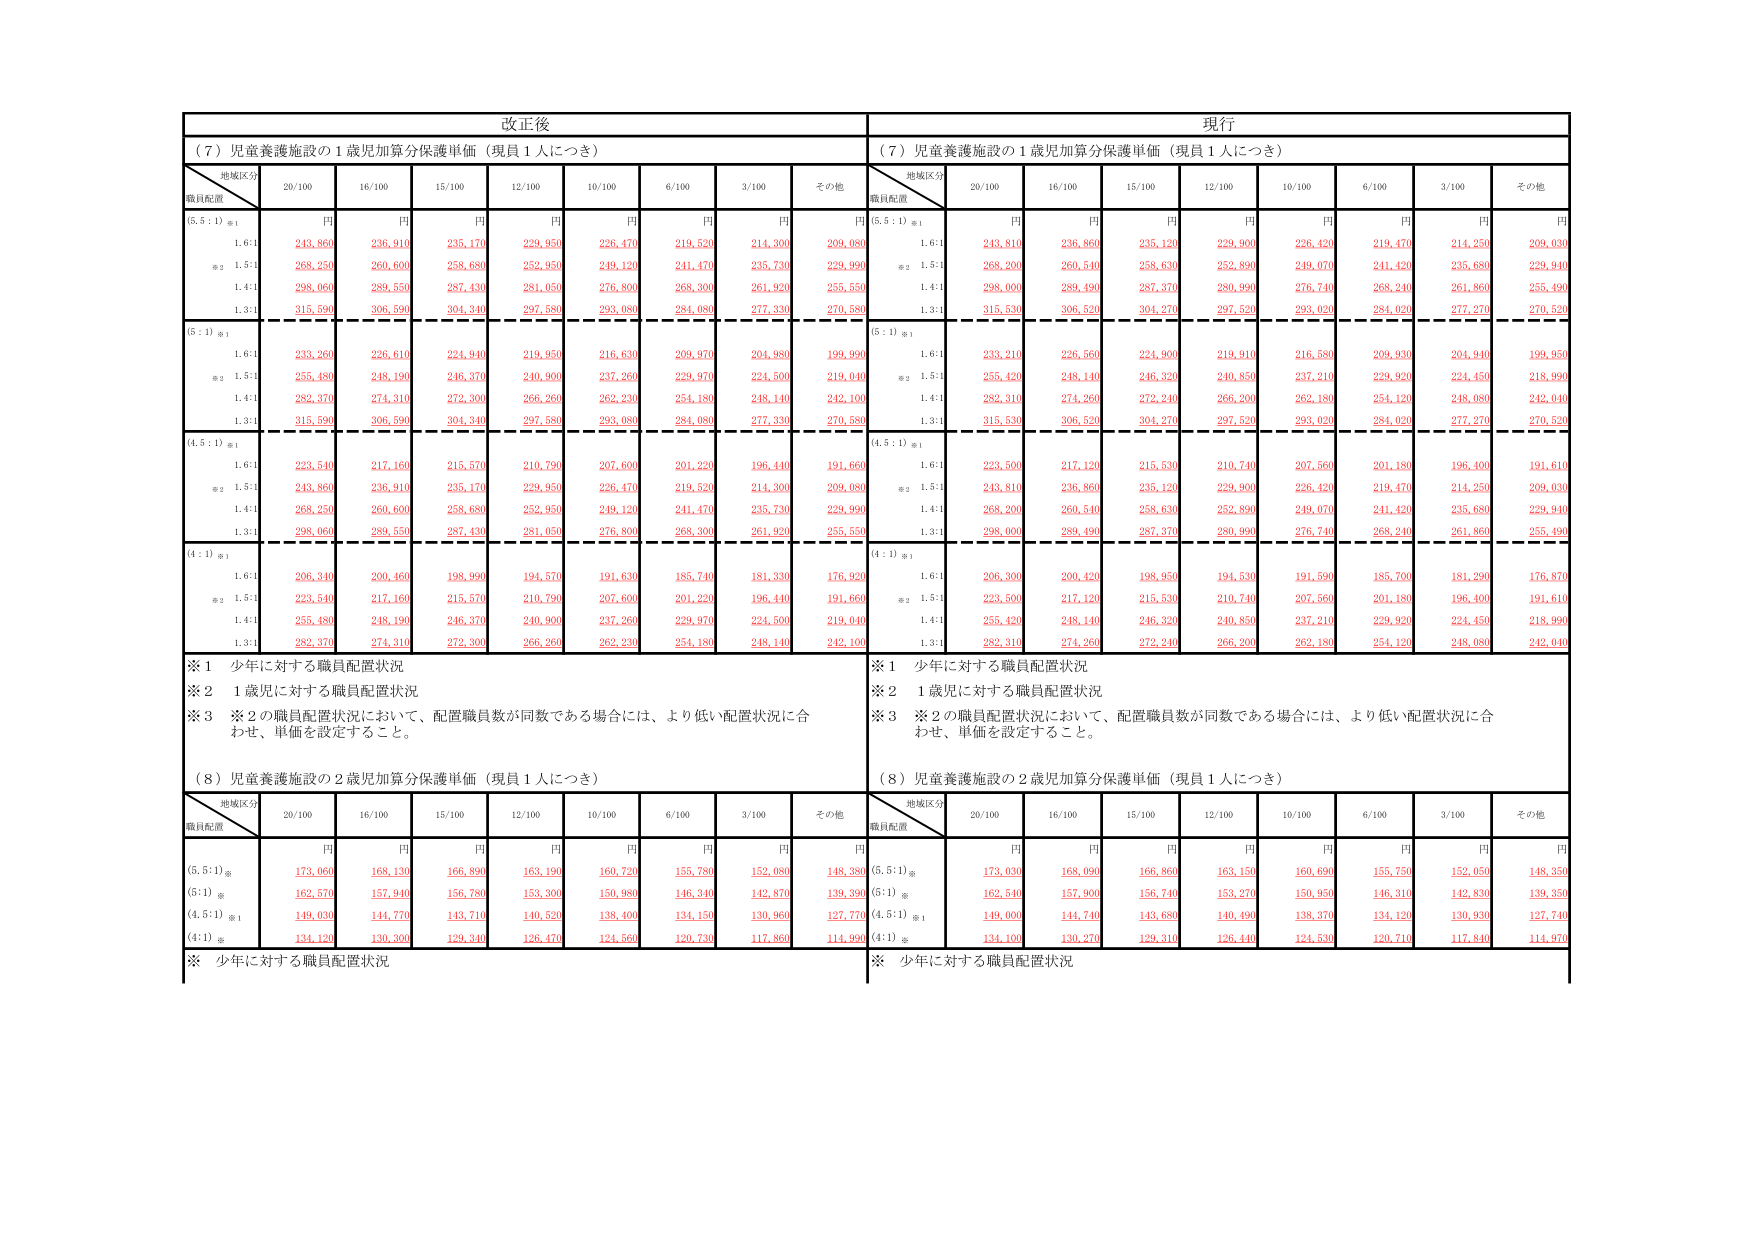
改正後
現行
（７）児童養護施設の１歳児加算分保護単価（現員１人につき）
（７）児童養護施設の１歳児加算分保護単価（現員１人につき）
地域区分
職員配置
20/100
16/100
15/100
12/100
10/100
6/100
3/100
その他
地域区分
職員配置
20/100
16/100
15/100
12/100
10/100
6/100
3/100
その他
（5.5：1）※1
円
円
円
円
円
円
円
円
（5.5：1）※1
円
円
円
円
円
円
円
円
1.6:1
243,860
236,910
235,170
229,950
226,470
219,520
214,300
209,080
1.6:1
243,810
236,860
235,120
229,900
226,420
219,470
214,250
209,030
※2 1.5:1
268,250
260,600
258,680
252,950
249,120
241,470
235,730
229,990
※2 1.5:1
268,200
260,540
258,630
252,890
249,070
241,420
235,680
229,940
1.4:1
298,060
289,550
287,430
281,050
276,800
268,300
261,920
255,550
1.4:1
298,000
289,490
287,370
280,990
276,740
268,240
261,860
255,490
1.3:1
315,590
306,590
304,340
297,580
293,080
284,080
277,330
270,580
1.3:1
315,530
306,520
304,270
297,520
293,020
284,020
277,270
270,520
（5：1）※1
（5：1）※1
1.6:1
233,260
226,610
224,940
219,950
216,530
209,970
204,980
199,990
1.6:1
233,210
226,560
224,800
219,910
216,580
209,930
204,940
199,950
※2 1.5:1
255,480
248,190
246,370
240,900
237,260
229,970
224,500
219,040
※2 1.5:1
255,420
248,140
246,320
240,850
237,210
229,920
224,450
218,990
1.4:1
282,370
274,310
272,300
266,260
262,230
254,180
248,140
242,100
1.4:1
282,310
274,260
272,240
266,200
262,180
254,120
248,080
242,040
1.3:1
315,590
306,590
304,340
297,580
293,080
284,080
277,330
270,580
1.3:1
315,530
306,520
304,270
297,520
293,020
284,020
277,270
270,520
（4.5：1）※1
（4.5：1）※1
1.6:1
223,540
217,160
215,570
210,790
207,500
201,220
196,440
191,660
1.6:1
223,500
217,120
215,530
210,740
207,560
201,180
196,400
191,610
※2 1.5:1
243,860
236,910
235,170
229,950
226,470
219,520
214,300
209,080
※2 1.5:1
243,810
236,860
235,120
229,900
226,420
219,470
214,250
209,030
1.4:1
268,250
260,600
258,680
252,950
249,120
241,470
235,730
229,990
1.4:1
268,200
260,540
258,630
252,890
249,070
241,420
235,680
229,940
1.3:1
298,060
289,550
287,430
281,050
276,800
268,300
261,920
255,550
1.3:1
298,000
289,490
287,370
280,990
276,740
268,240
261,860
255,490
（4：1）※1
（4：1）※1
1.6:1
206,340
200,460
198,990
194,570
191,530
185,740
181,330
176,920
1.6:1
206,300
200,420
198,950
194,530
191,590
185,700
181,290
176,870
※2 1.5:1
223,540
217,160
215,570
210,790
207,500
201,220
196,440
191,660
※2 1.5:1
223,500
217,120
215,530
210,740
207,560
201,180
196,400
191,610
1.4:1
255,480
248,190
246,370
240,900
237,260
229,970
224,500
219,040
1.4:1
255,420
248,140
246,320
240,850
237,210
229,920
224,450
218,990
1.3:1
282,370
274,310
272,300
266,260
262,230
254,180
248,140
242,100
1.3:1
282,310
274,260
272,240
266,200
262,180
254,120
248,080
242,040
※１ 少年に対する職員配置状況
※１ 少年に対する職員配置状況
※２ １歳児に対する職員配置状況
※２ １歳児に対する職員配置状況
※３ ※２の職員配置状況において、配置職員数が同数である場合には、より低い配置状況に合
わせ、単価を設定すること。
※３ ※２の職員配置状況において、配置職員数が同数である場合には、より低い配置状況に合
わせ、単価を設定すること。
（８）児童養護施設の２歳児加算分保護単価（現員１人につき）
（８）児童養護施設の２歳児加算分保護単価（現員１人につき）
地域区分
職員配置
20/100
16/100
15/100
12/100
10/100
6/100
3/100
その他
地域区分
職員配置
20/100
16/100
15/100
12/100
10/100
6/100
3/100
その他
円
円
円
円
円
円
円
円
円
円
円
円
円
円
円
円
（5.5:1）※
173,060
168,130
166,890
163,190
160,720
155,780
152,080
148,380
（5.5:1）※
173,030
168,090
166,860
163,150
160,690
155,750
152,050
148,350
（5:1）※
162,570
157,940
156,780
153,300
150,980
146,340
142,870
139,390
（5:1）※
162,540
157,900
156,740
153,270
150,950
146,310
142,830
139,350
（4.5:1）※1
149,030
144,770
143,710
140,520
138,400
134,150
130,960
127,770
（4.5:1）※1
149,000
144,740
143,680
140,490
138,370
134,120
130,930
127,740
（4:1）※
134,120
130,300
129,340
126,470
124,560
120,730
117,860
114,990
（4:1）※
134,100
130,270
129,310
126,440
124,530
120,710
117,840
114,970
※ 少年に対する職員配置状況
※ 少年に対する職員配置状況